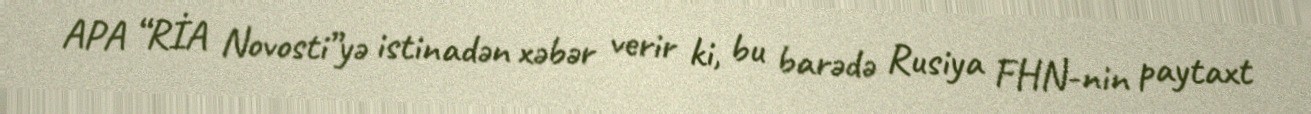
APA “RİA Novosti”yə istinadən xəbər verir ki, bu barədə Rusiya FHN-nin paytaxt